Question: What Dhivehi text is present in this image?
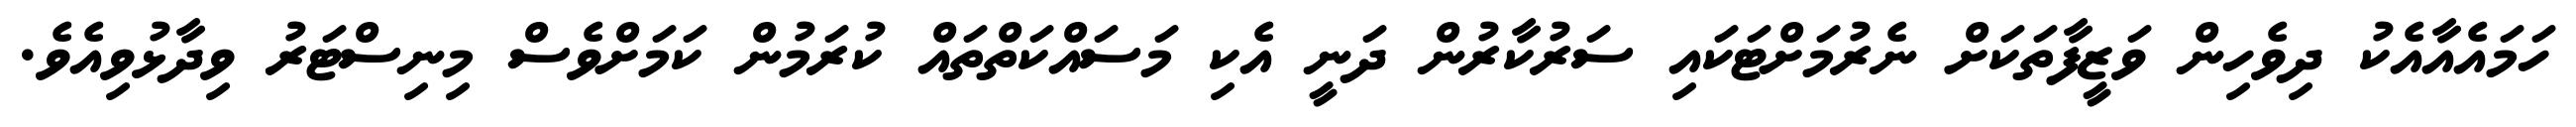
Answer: ހަމައެއާއެކު ދިވެހިން ވަޒީފާތަކަށް ނެރުމަށްޓަކައި ސަރުކާރުން ދަނީ އެކި މަސައްކަތްތައް ކުރަމުން ކަމަށްވެސް މިނިސްޓަރު ވިދާޅުވިއެވެ.